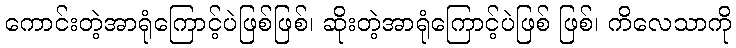
ကောင်းတဲ့အာရုံကြောင့်ပဲဖြစ်ဖြစ်၊ ဆိုးတဲ့အာရုံကြောင့်ပဲဖြစ် ဖြစ်၊ ကိလေသာကို